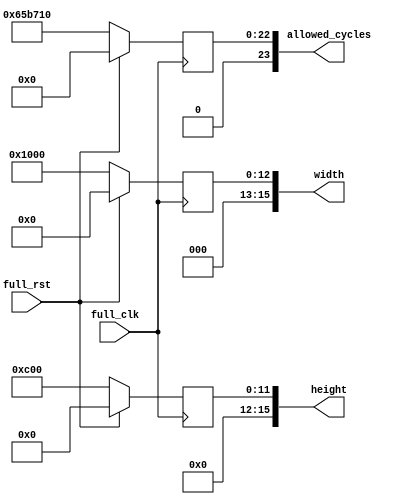
/* Generated by Yosys 0.8+     369 (git sha1 ea0e0722, clang 10.0.1 -fPIC -Os) */

(* \nmigen.hierarchy  = "top" *)
(* top =  1  *)
(* generator = "nMigen" *)
module top(full_rst, height, width, allowed_cycles, full_clk);
  (* src = "register_file.py:38" *)
  reg [23:0] \$next\allowed_cycles ;
  (* src = "register_file.py:52" *)
  reg [23:0] \$next\allowed_cycles_reg ;
  (* src = "clk_domains.py:5" *)
  reg \$next\clk ;
  (* src = "register_file.py:36" *)
  reg [15:0] \$next\height ;
  (* src = "register_file.py:51" *)
  reg [15:0] \$next\height_reg ;
  (* src = "register_file.py:37" *)
  reg [15:0] \$next\width ;
  (* src = "register_file.py:50" *)
  reg [15:0] \$next\width_reg ;
  (* src = "register_file.py:38" *)
  output [23:0] allowed_cycles;
  (* init = 24'h000000 *)
  (* src = "register_file.py:52" *)
  reg [23:0] allowed_cycles_reg = 24'h000000;
  (* src = "clk_domains.py:5" *)
  wire clk;
  (* src = "clk_domains.py:4" *)
  input full_clk;
  (* src = "clk_domains.py:4" *)
  input full_rst;
  (* src = "register_file.py:36" *)
  output [15:0] height;
  (* init = 16'h0000 *)
  (* src = "register_file.py:51" *)
  reg [15:0] height_reg = 16'h0000;
  (* src = "register_file.py:37" *)
  output [15:0] width;
  (* init = 16'h0000 *)
  (* src = "register_file.py:50" *)
  reg [15:0] width_reg = 16'h0000;
  always @(posedge full_clk)
      allowed_cycles_reg <= \$next\allowed_cycles_reg ;
  always @(posedge full_clk)
      height_reg <= \$next\height_reg ;
  always @(posedge full_clk)
      width_reg <= \$next\width_reg ;
  always @* begin
    \$next\clk  = 1'h0;
    \$next\clk  = full_clk;
  end
  always @* begin
    \$next\width_reg  = width_reg;
    \$next\width_reg  = 16'h1000;
    casez (full_rst)
      1'h1:
          \$next\width_reg  = 16'h0000;
    endcase
  end
  always @* begin
    \$next\height_reg  = height_reg;
    \$next\height_reg  = 16'h0c00;
    casez (full_rst)
      1'h1:
          \$next\height_reg  = 16'h0000;
    endcase
  end
  always @* begin
    \$next\allowed_cycles_reg  = allowed_cycles_reg;
    \$next\allowed_cycles_reg  = 24'h65b710;
    casez (full_rst)
      1'h1:
          \$next\allowed_cycles_reg  = 24'h000000;
    endcase
  end
  always @* begin
    \$next\width  = 16'h0000;
    \$next\width  = width_reg;
  end
  always @* begin
    \$next\height  = 16'h0000;
    \$next\height  = height_reg;
  end
  always @* begin
    \$next\allowed_cycles  = 24'h000000;
    \$next\allowed_cycles  = allowed_cycles_reg;
  end
  assign allowed_cycles = \$next\allowed_cycles ;
  assign height = \$next\height ;
  assign width = \$next\width ;
  assign clk = \$next\clk ;
endmodule